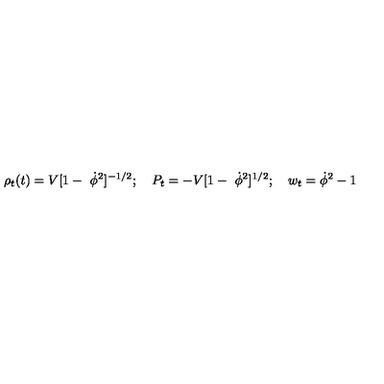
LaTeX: \rho _ { t } ( t ) = V [ 1 - \ \dot { \phi } ^ { 2 } ] ^ { - 1 / 2 } ; \quad P _ { t } = - V [ 1 - \ \dot { \phi } ^ { 2 } ] ^ { 1 / 2 } ; \quad w _ { t } = \dot { \phi } ^ { 2 } - 1